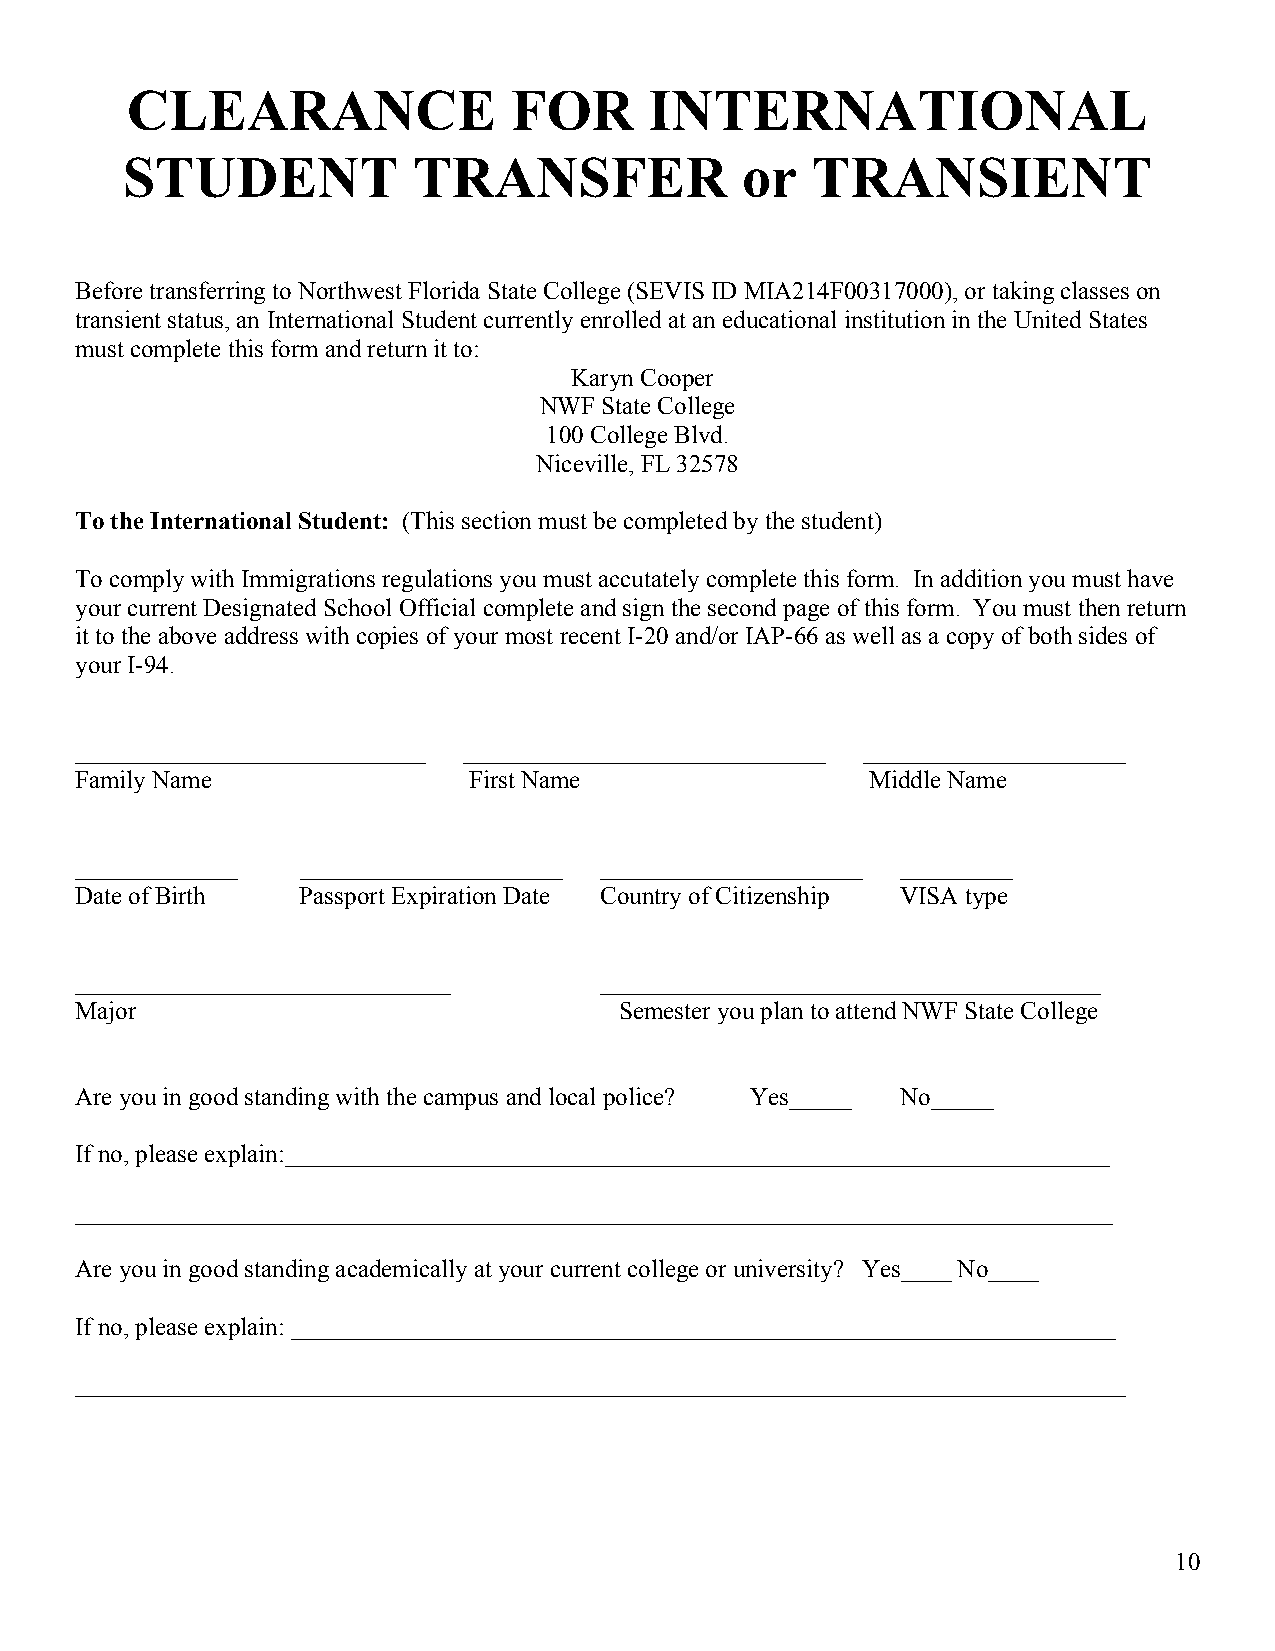
CLEARANCE                 FOR      INTERNATIONAL
 STUDENT            TRANSFER              or   TRANSIENT
 Before transferring to Northwest Florida State College (SEVIS ID MIA214F00317000), or taking classes on
 transient status, an International Student currently enrolle d at an educational institution in the United States
 must complete this form and return it to:
 Karyn Cooper
 NWF State College
 100 College Blvd.
 Niceville, FL 32578
 To the International Student: (This section must be completed by the student)
 To comply with Immigrations regulations you must accutately complete this form. In addition you must have
 your current Designated School Official complete and sign the second page of this form. You must then return
 it to the above address with copies of your most recent I-20 and/or IAP-66 as well as a copy of both sides of
 your I-94.
 ____________________________ _____________________________ _____________________
 Family Name               First Name                 Middle Name
 _____________  _____________________ _____________________ _________
 Date of Birth  Passport Expiration Date Country of Citizenship VISA type
 ______________________________     ________________________________________
 Major                               Semester you plan to attend NWF State College
 Are you in good standing with the campus and local police? Yes_____ No_____
 If no, please explain:__________________________________________________________________
 ___________________________________________________________________________________
 Are you in good standing academically at your current college or university? Yes____ No____
 If no, please explain: __________________________________________________________________
 ____________________________________________________________________________________
 10